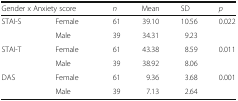
<table><thead><tr><td colspan="2"><b>Gender x Anxiety score</b></td><td><b><i>n</i></b></td><td><b>Mean</b></td><td><b>SD</b></td><td><b><i>p</i></b></td></tr></thead><tbody><tr><td rowspan="2">STAI-S</td><td>Female</td><td>61</td><td>39.10</td><td>10.56</td><td rowspan="2">0.022</td></tr><tr><td>Male</td><td>39</td><td>34.31</td><td>9.23</td></tr><tr><td rowspan="2">STAI-T</td><td>Female</td><td>61</td><td>43.38</td><td>8.59</td><td rowspan="2">0.011</td></tr><tr><td>Male</td><td>39</td><td>38.92</td><td>8.06</td></tr><tr><td rowspan="2">DAS</td><td>Female</td><td>61</td><td>9.36</td><td>3.68</td><td rowspan="2">0.001</td></tr><tr><td>Male</td><td>39</td><td>7.13</td><td>2.64</td></tr></tbody></table>